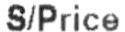
S/PRICE